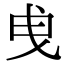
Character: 曵